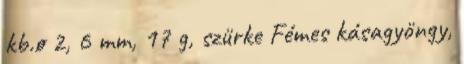
kb.ø 2, 6 mm, 17 g, szürke Fémes kásagyöngy,